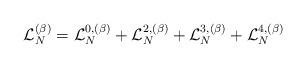
LaTeX: \begin{align*}\mathcal{L}_N^{(\beta)}= \mathcal{L}_N^{0,(\beta)}+\mathcal{L}_N^{2,(\beta)}+\mathcal{L}_N^{3,(\beta)}+\mathcal{L}_N^{4,(\beta)}\end{align*}